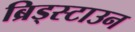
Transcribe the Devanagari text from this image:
ब्रिड्स्टाउन